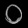
Digit: ၀